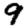
Digit: 9